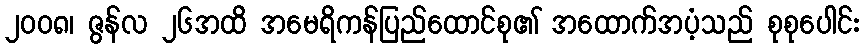
၂၀၀၈၊ ဇွန်လ ၂၆အထိ အမေရိကန်ပြည်ထောင်စု၏ အထောက်အပံ့သည် စုစုပေါင်း